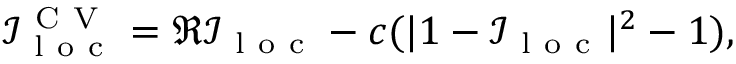
\mathcal { I } _ { \mathrm { ~ l ~ o ~ c ~ } } ^ { \mathrm { ~ C ~ V ~ } } = \Re \mathcal { I } _ { \mathrm { ~ l ~ o ~ c ~ } } - c ( | 1 - \mathcal { I } _ { \mathrm { ~ l ~ o ~ c ~ } } | ^ { 2 } - 1 ) ,